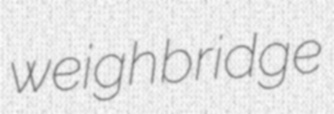
weighbridge